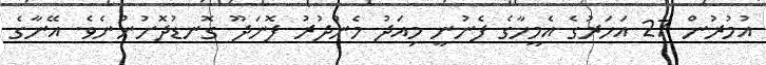
އުމުރުން 27 އަހަރުގެ އެމީހާގެ ފެނުނީ މިއަދު މެންދުރު ފޮނަދޫ ގޮނޑުދޮށުންނެވެ. އޭނާގެ